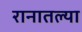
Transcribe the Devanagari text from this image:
रानातल्या